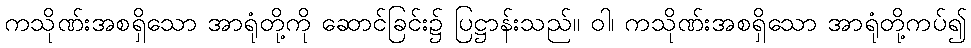
ကသိုဏ်းအစရှိသော အာရုံတို့ကို ဆောင်ခြင်း၌ ပြဋ္ဌာန်းသည်။ ဝါ၊ ကသိုဏ်းအစရှိသော အာရုံတို့ကပ်၍